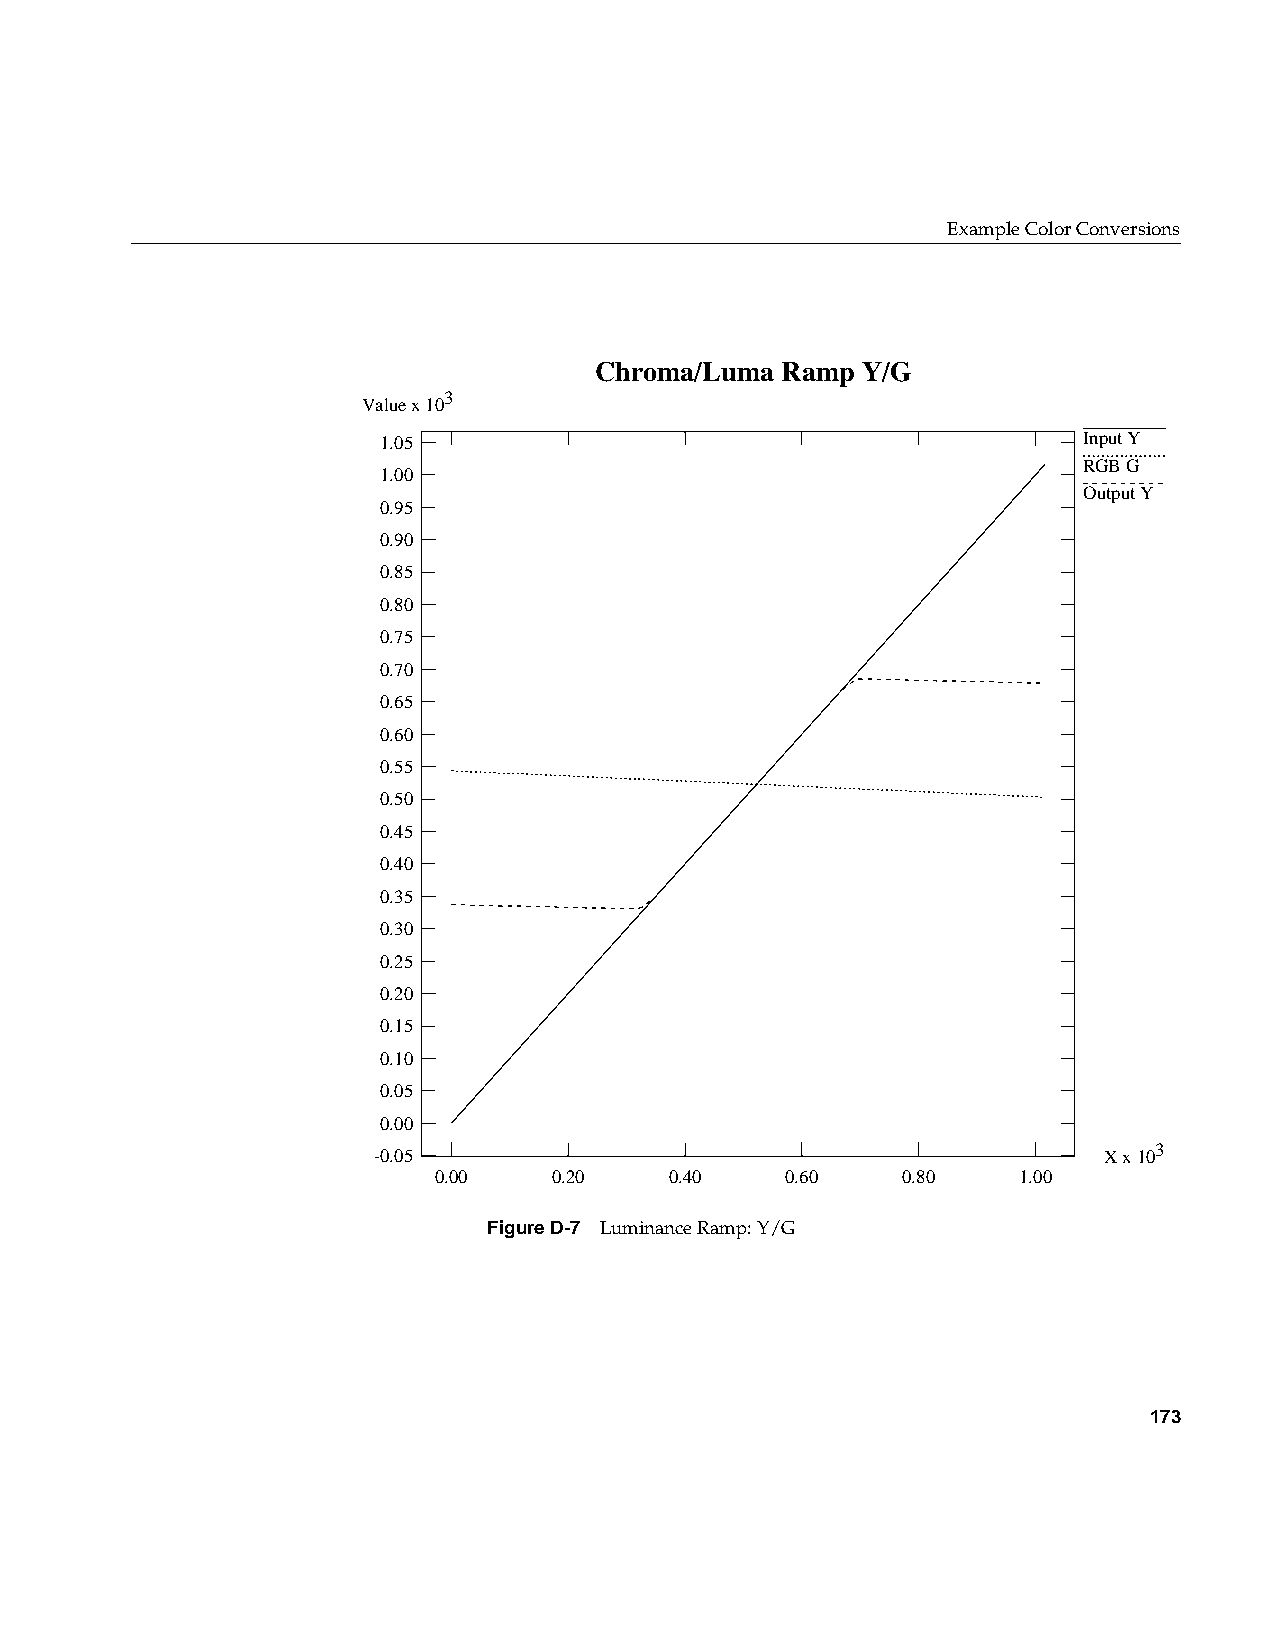
Example Color Conversions
 Chroma/Luma  Ramp Y/G
 3
 Value x 10
 1.05                                           Input Y
 RGB G
 1.00
 Output Y
 0.95
 0.90
 0.85
 0.80
 0.75
 0.70
 0.65
 0.60
 0.55
 0.50
 0.45
 0.40
 0.35
 0.30
 0.25
 0.20
 0.15
 0.10
 0.05
 0.00
 -0.05                                           X x 103
 0.00    0.20   0.40    0.60    0.80   1.00
 FigureD-7 Luminance Ramp: Y/G
 173